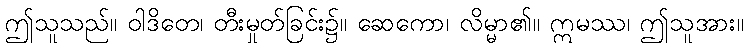
ဤသူသည်။ ဝါဒိတေ၊ တီးမှုတ်ခြင်း၌။ ဆေကော၊ လိမ္မာ၏။ ဣမဿ၊ ဤသူအား။